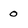
Character: o